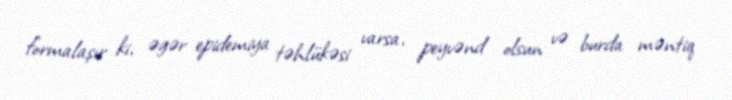
formalaşır ki, əgər epidemiya təhlükəsi varsa, peyvənd olsun və burda məntiq